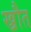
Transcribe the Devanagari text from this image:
ख्रौत